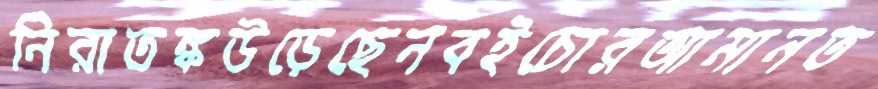
নিরাতঙ্কউড়েছেনবইচোরআমানত